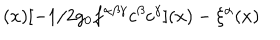
LaTeX: ( x ) [ - 1 / 2 g _ { 0 } f ^ { \alpha \beta \gamma } c ^ { \beta } c ^ { \gamma } ] ( x ) - \xi ^ { \alpha } ( x )